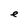
Character: e